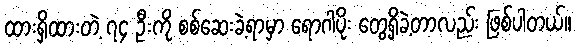
ထားရှိထားတဲ့ ၇၄ ဦးကို စစ်ဆေးခဲ့ရာမှာ ရောဂါပိုး တွေ့ရှိခဲ့တာလည်း ဖြစ်ပါတယ်။